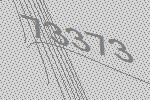
73373